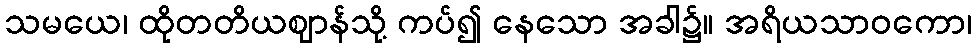
သမယေ၊ ထိုတတိယဈာန်သို့ ကပ်၍ နေသော အခါ၌။ အရိယသာဝကော၊